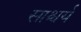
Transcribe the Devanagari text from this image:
साश्चर्य